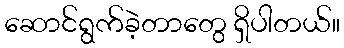
ဆောင်ရွက်ခဲ့တာတွေ ရှိပါတယ်။